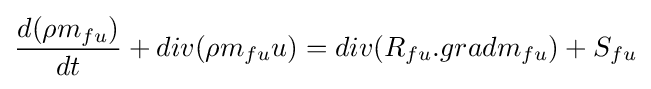
{d(\rho m_{fu}) \over dt}+div(\rho m_{fu}u)=div(R_{fu}.gradm_{fu})+S_{fu}